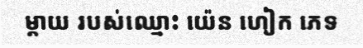
ម្តាយ របស់ឈ្មោះ យ៉េន ហៀក ភេទ